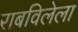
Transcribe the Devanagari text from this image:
राबविलेला